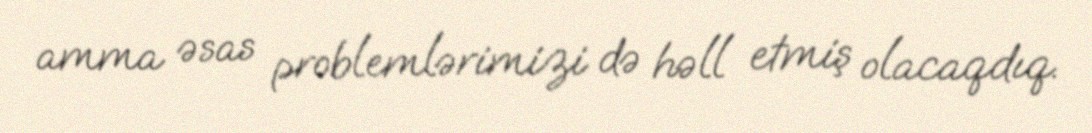
amma əsas problemlərimizi də həll etmiş olacaqdıq.